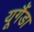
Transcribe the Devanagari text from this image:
यूगैंडा